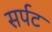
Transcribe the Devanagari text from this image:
सर्पट